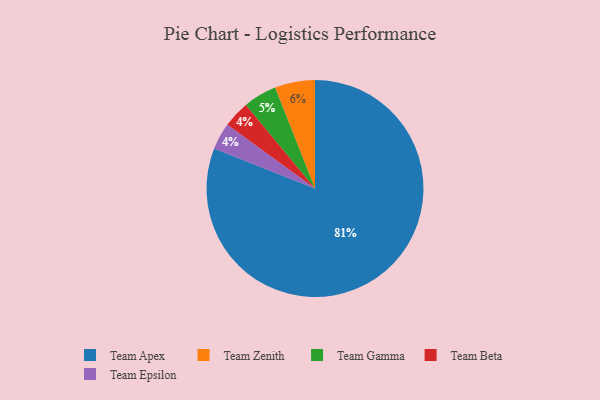
{"axis": {"x": "Category", "y": "Percentage"}, "legend": ["Team Apex", "Team Beta", "Team Epsilon", "Team Gamma", "Team Zenith"], "data": [{"x": "Team Gamma", "y": 5, "type": "Team Gamma"}, {"x": "Team Beta", "y": 4, "type": "Team Beta"}, {"x": "Team Apex", "y": 81, "type": "Team Apex"}, {"x": "Team Zenith", "y": 6, "type": "Team Zenith"}, {"x": "Team Epsilon", "y": 4, "type": "Team Epsilon"}]}